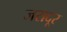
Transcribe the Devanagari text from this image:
जरादूर